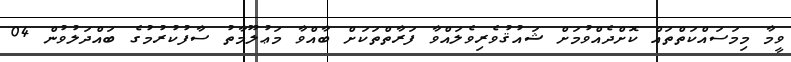
ވީމާ މިމަސައްކަތްތައް ކޮށްދެއްވުމަށް ޝައުޤުވެރިވެލައްވާ ފަރާތްތަކަށް ބާއްވާ މަޢުލޫމާތު ސާފުކުރުމުގެ ބައްދަލުވުން 04